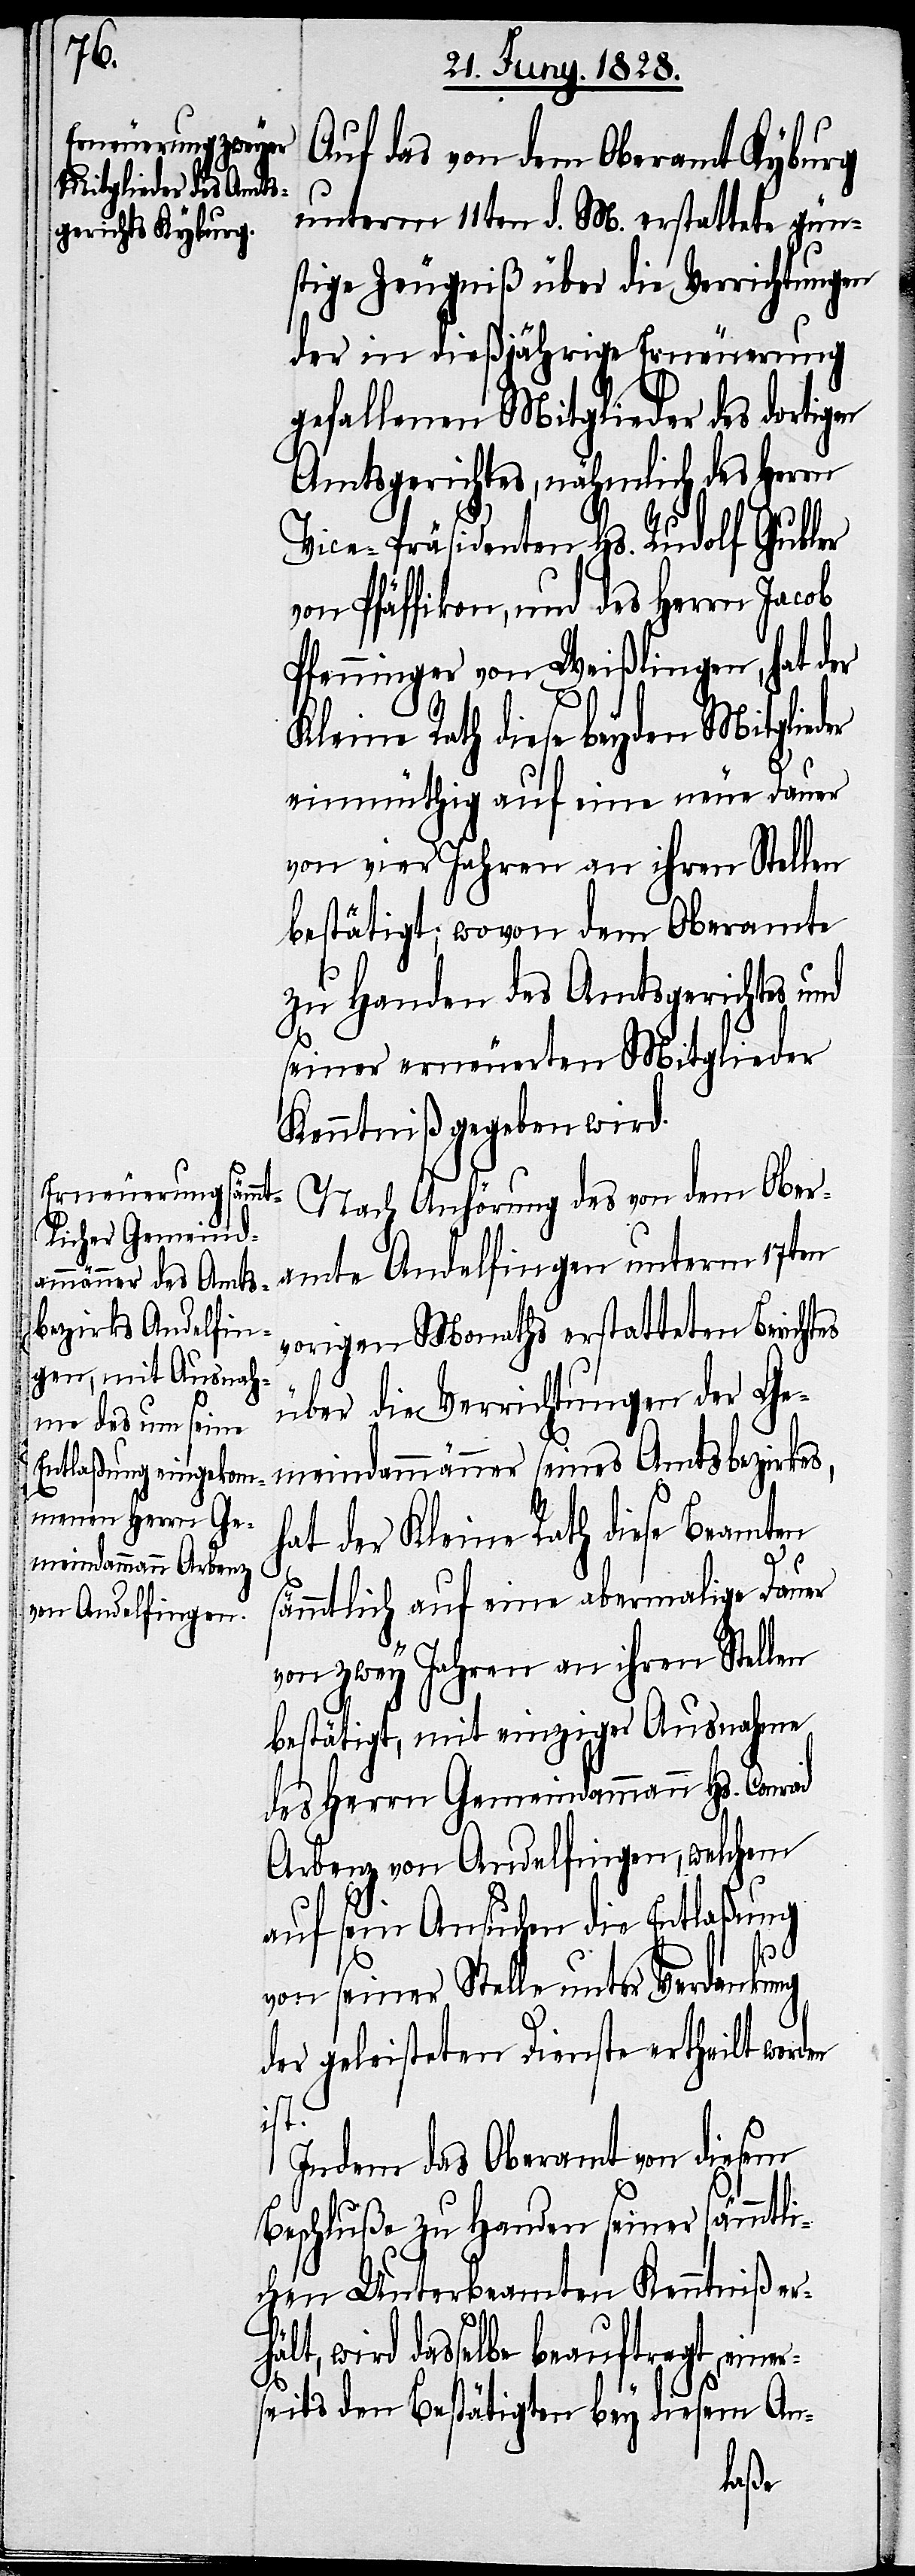
Auf das von dem Oberamt Kyburg
unterm 11ten d. M. erstattete gün¬
stige Zeugniß über die Verrichtungen
der in dießjährige Erneuerung
gefallenen Mitglieder des dortigen
Amtsgerichtes, nähmlich des Herrn
Vice-Präsidenten Hs. Rudolf Gubler
von Pfäffikon, und des Herrn Jacob
Pfenninger von Weißlingen, hat der
Kleine Rath diese beyden Mitglieder
einmüthig auf eine neue Dauer
von vier Jahren an ihren Stellen
bestätigt; wovon dem Oberamte
zu Handen des Amtsgerichtes und
seiner erneuerten Mitglieder
Kenntniß gegeben wird.
Nach Anhörung des von dem Ober¬
vorigen Monaths erstatteten Berichtes
über die Verrichtungen der Ge¬
meindammänner seines Amtsbezirkes,
hat der Kleinen Rath diese Beamten
ämmtlich auf eine abermalige Dauer
amte Andelfingen
von zwey Jahren an ihren Stellen
bestätigt, mit einziger Ausnahme
des Herrn Gemeindammann Hs. Conrad
Arbenz von Andelfingen, welchem
auf sein Ansuchen die Entlaßung
häl¬
von seiner Stelle unter Verdankung
der geleisteten Dienste ertheilt worden
ist.
Indem das Oberamt von diesem
Beschluße zu Handen seiner sämmtli¬
chen Unterbeamten Kenntniß er¬
t, wird dasselbe beauftragt, eine¬
rseits den Bestätigten bey diesem An-